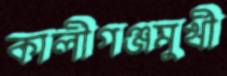
কালীগঞ্জমুখী